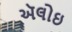
ઍલોઇ